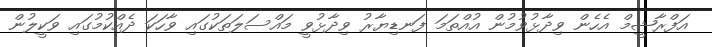
އަފްރާޝީމް އެހެން ވިދާޅުވުމުން އުއްތަމަ ފަނޑިޔާރު ވިދާޅުވީ މައްސަލަތަކުގައި ވާހަކަ ދެއްކުމުގައި ވަކީލުން